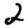
Digit: 2